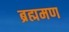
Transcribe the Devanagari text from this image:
ब्रह्ममण